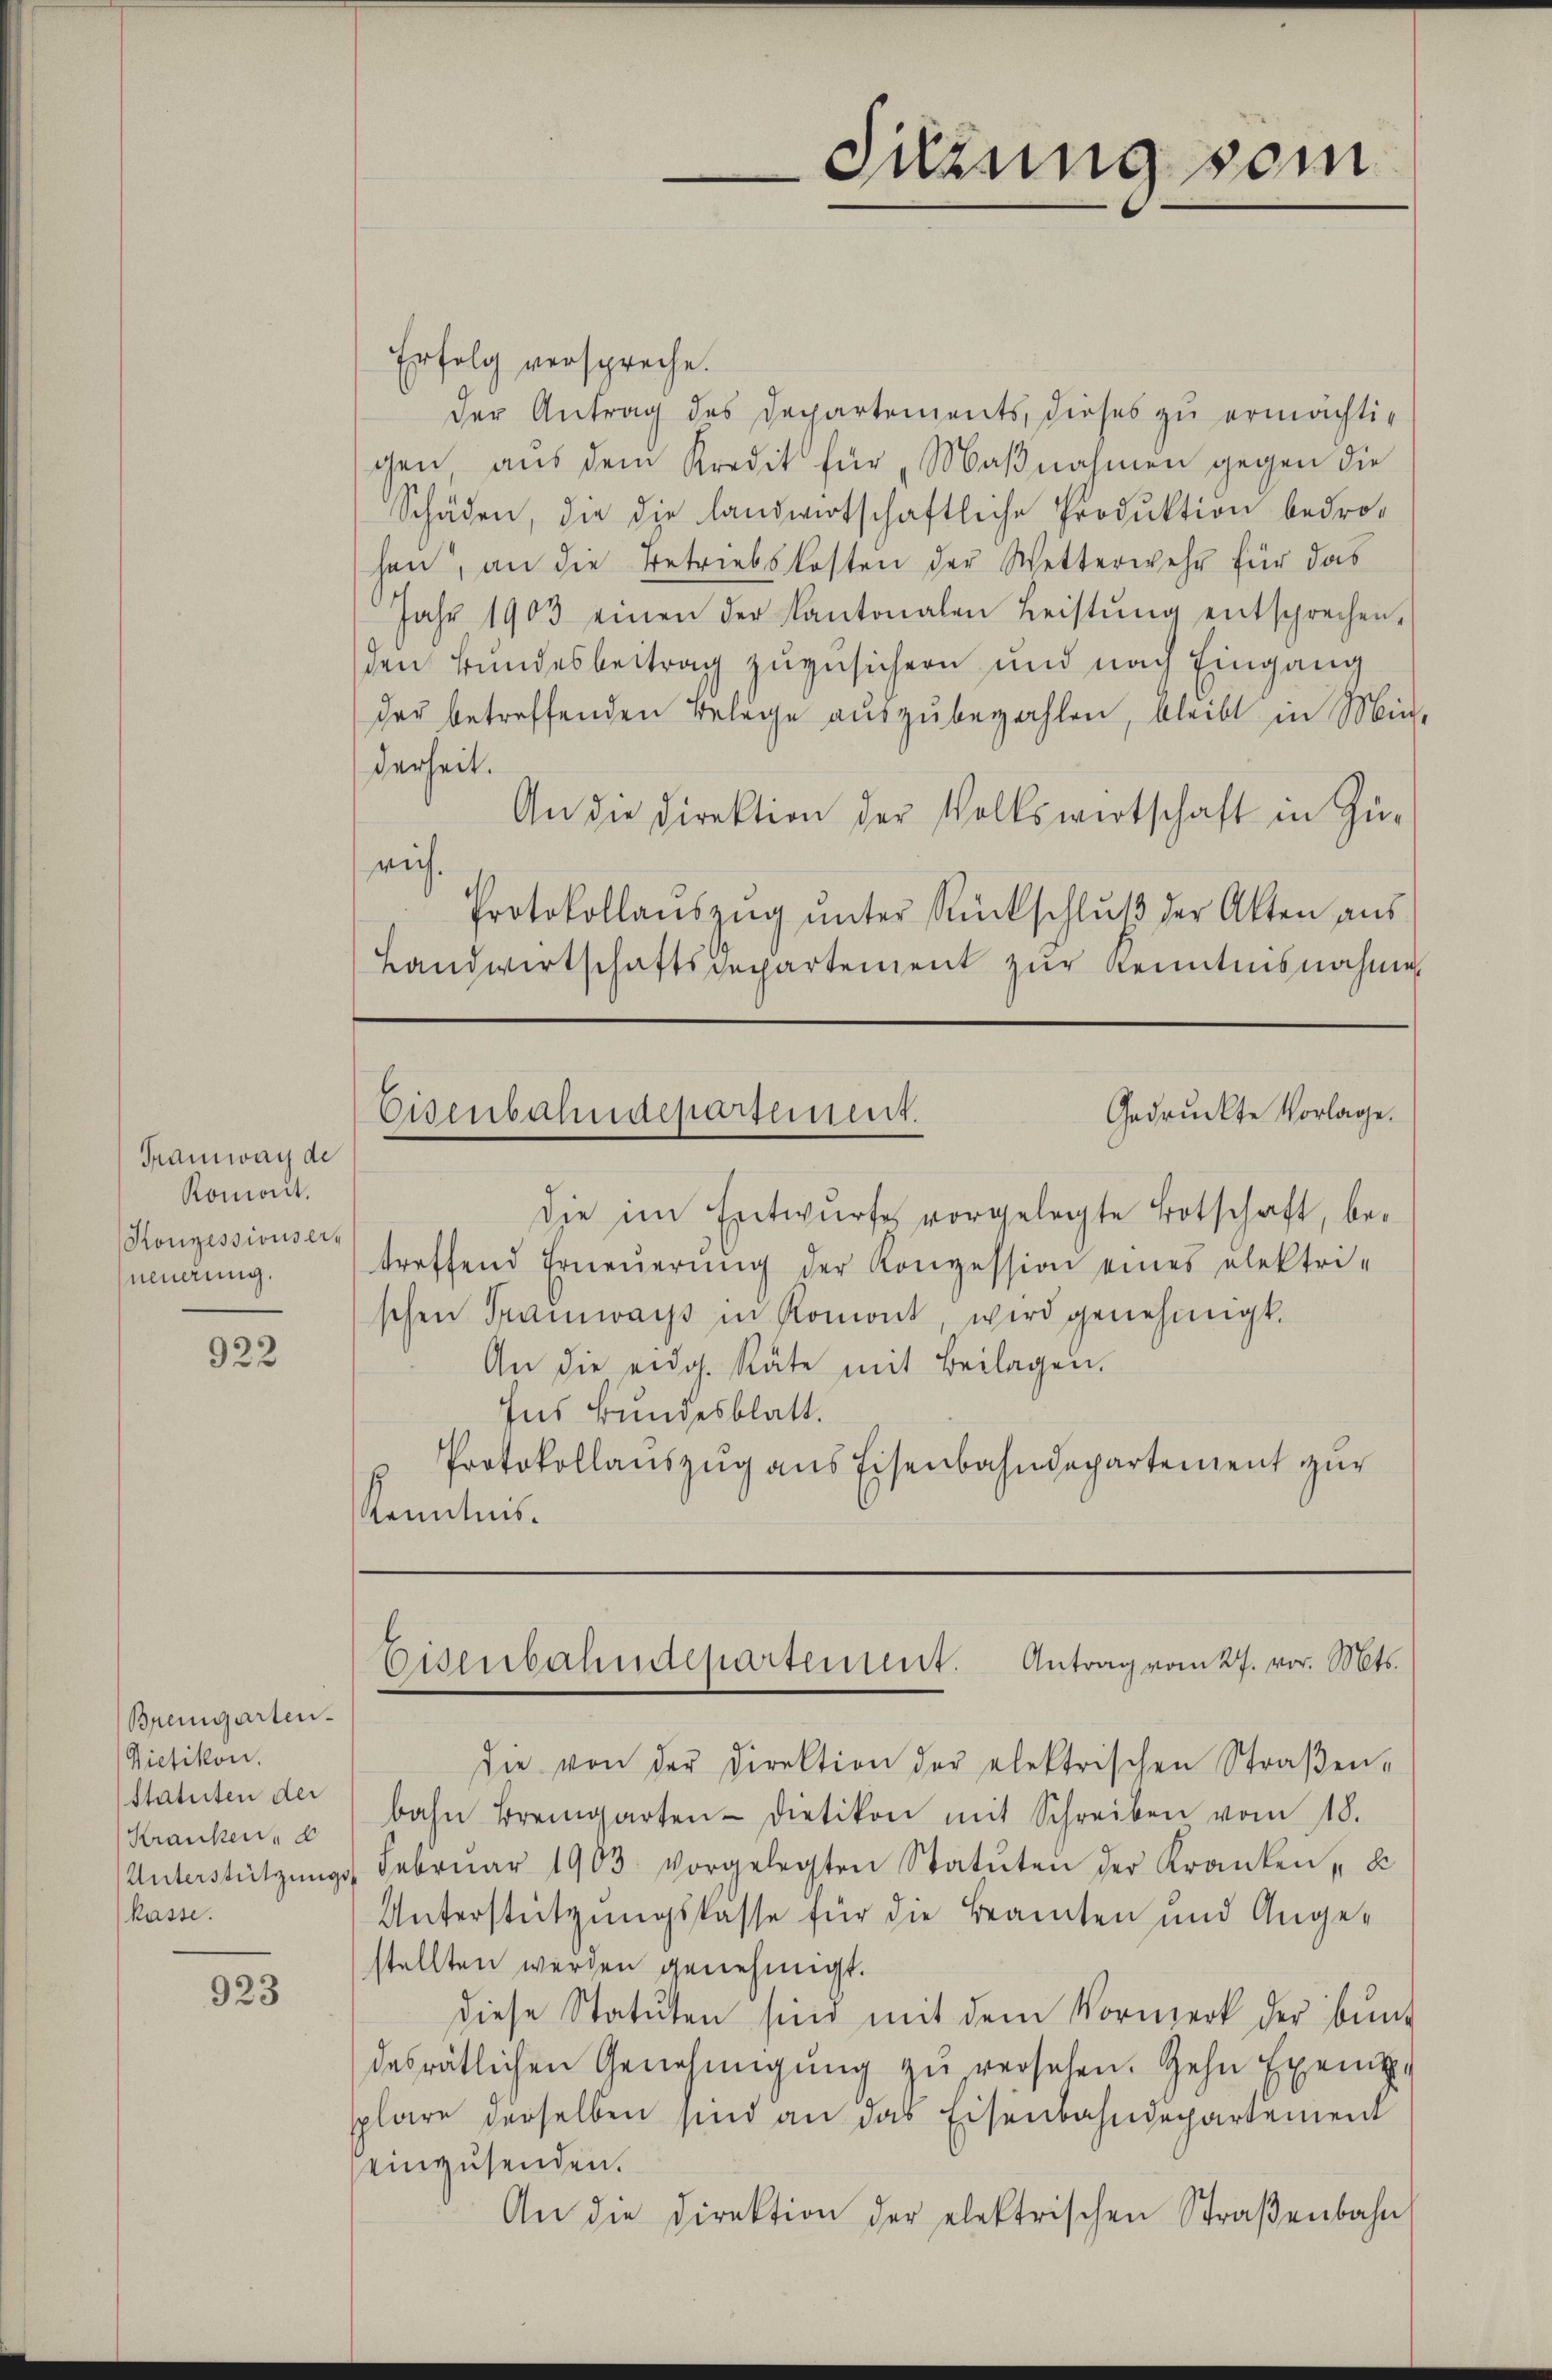
Tramway de
Romait.
Konzessionser,
neuerung.

922

Bremgarten.
Vietikon.
Statuten der
Kranken, d
kasse.

923

Sitzung vom

Erfolg verspreche.
der Antrag des Departements, dieses zu ermächtigen, aus dem Kredit für „Maβnahmen gegen die
Schäden, die die landwirtschaftliche Produktion bedrohen, an die Betriebskosten der Wetterwehr für das
Jahr 1903 einen der Kantonalen Leistŭng entsprechen.
den Bundesbeitrag zuzusichern und nach Eingang
der betreffenden Belege auszubezahlen, bleibt in Min-
derheit.
An die Direktion der Volkswirtschaft in Zu-
rich.
Protokollaŭszŭg ŭnter Rückschlŭβ der Akten aŭs
Landwirtschaftsdepartement zur Kenntnisnahmen
Gedruckte Vorlage.
Eisenbahndepartement.
die im Entwurfes vorgelegte Botschaft, betreffend Erneŭerŭng der Konzession eines elektri-
schen Tramwachs in Romont, wird genehmigt.
An die eidg. Räte mit Beilagen.
Ins Bundesblatt.
Protokollauszug aus Eisenbahndepartement zur
Kenntnis.

die von der Direktion der elektrischen Straβen-
bahn Bremgarten- Dietikon mit Schreiben vom 18.
Unterstützŭngs. Febrŭar 1903 vorgelegten Statŭten der Kranken u
Unterstützungskasse für die Beamten und Angestellten werden genehmigt.
diese Statuten sind mit dem Vormerk der bund
desrätlichen Genehmigung zu versehen. Zehn Exemp
splare derselben sind an das Eisenbahndepartement
einzusenden.
An die Direktion der elektrischen Straβenbahn

Eisenbahndepartement. Antrag vom 27. vor. Mts.